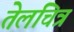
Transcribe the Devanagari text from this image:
तेलचित्र